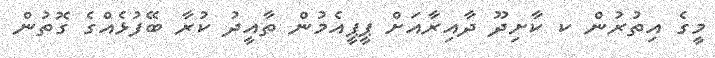
މީގެ އިތުރުން ކ ކާށިދޫ ދާއިރާއަށް ޕީޕީއެމުން ތާއީދު ކުރާ ބޭފުޅެއްގެ ގޮތުން